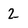
Character: 2